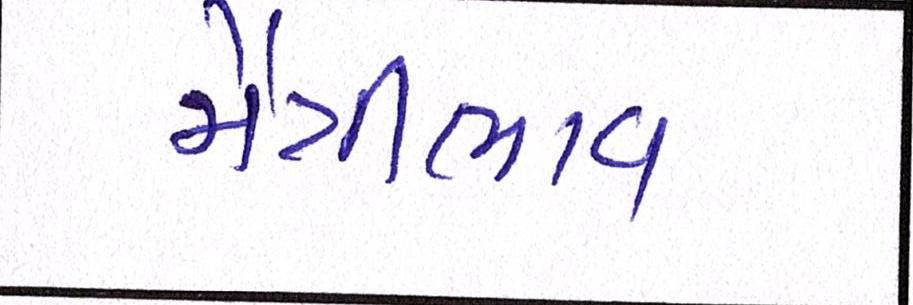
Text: મૈત્રીભાવ